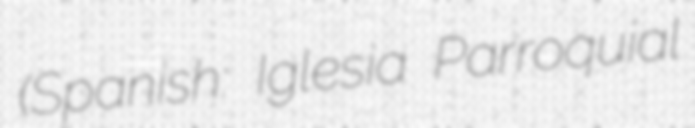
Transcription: (Spanish: Iglesia Parroquial